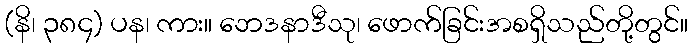
(နိ၊ ၃၈၄) ပန၊ ကား။ ဘေဒနာဒီသု၊ ဖောက်ခြင်းအစရှိသည်တို့တွင်။